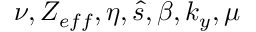
\nu , Z _ { e f f } , \eta , \hat { s } , \beta , k _ { y } , \mu